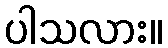
ပါသလား။